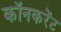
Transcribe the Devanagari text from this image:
कॉनकरेंट